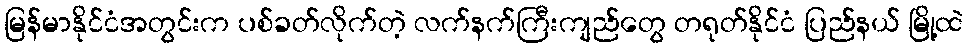
မြန်မာနိုင်ငံအတွင်းက ပစ်ခတ်လိုက်တဲ့ လက်နက်ကြီးကျည်တွေ တရုတ်နိုင်ငံ ပြည်နယ် မြို့ထဲ